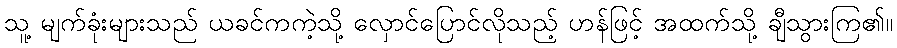
သူ့ မျက်ခုံးများသည် ယခင်ကကဲ့သို့ လှောင်ပြောင်လိုသည့် ဟန်ဖြင့် အထက်သို့ ချီသွားကြ၏။